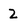
Character: 2